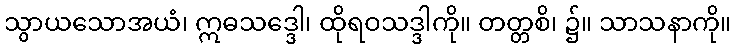
သွာယသောအယံ၊ ဣဓသဒ္ဒေါ၊ ထိုရဝသဒ္ဒါကို။ တတ္တစိ၊ ၌။ သာသနာကို။